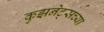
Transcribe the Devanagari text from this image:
कुझनेट्सच्या